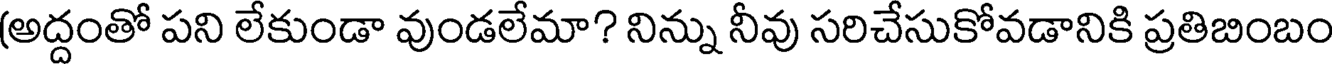
(అద్దంతో పని లేకుండా వుండలేమా? నిన్ను నీవు సరిచేసుకోవడానికి ప్రతిబింబం